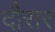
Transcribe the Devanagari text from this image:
दौरार